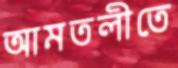
আমতলীতে